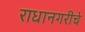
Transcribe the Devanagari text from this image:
राधानगरीचे